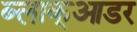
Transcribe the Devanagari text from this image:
ब्लाक्आडर